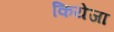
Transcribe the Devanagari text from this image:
कियेजा